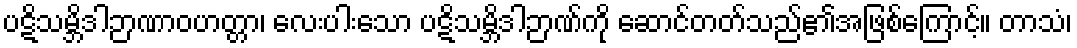
ပဋိသမ္ဘိဒါဉာဏာဝဟတ္တာ၊ လေးပါးသော ပဋိသမ္ဘိဒါဉာဏ်ကို ဆောင်တတ်သည်၏အဖြစ်ကြောင့်။ တာသံ၊